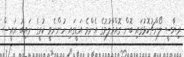
ރިޔާސީ ލޯންޗުކޮޅުގައި ބޮން ގޮއްވާލުމުގެ އެންމެ އަޑީގައި ހުންނެވީ ކުރީގެ ނައިބު ރައީސް